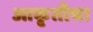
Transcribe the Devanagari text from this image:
आकृतीचा